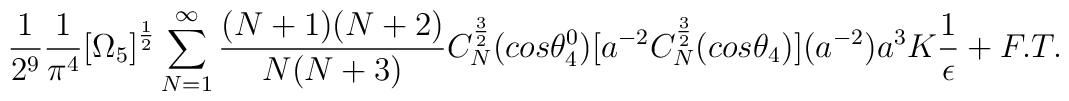
\frac{1}{2^9}\frac{1}{\pi^4}\big{[}\Omega_5\big{]}^{\frac{1}{2}}\sum_{N=1}^{\infty}\frac{(N + 1)(N + 2)}{N(N + 3)}C_N^{\frac{3}{2}}(cos{\theta_4^0})\big{[}a^{-2}C_N^{\frac{3}{2}}(cos{\theta_4})\big{]}(a^{-2})a^3K \frac{1}{\epsilon} + F. T.